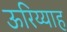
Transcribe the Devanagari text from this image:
ऊरिय्याह